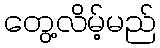
တွေ့လိမ့်မည်